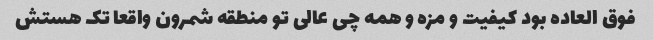
فوق العاده بود کیفیت و مزه و همه چی عالی تو منطقه شمرون واقعا تک هستش